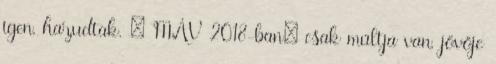
igen, hazudtak. : MÁV 2018-ban: csak múltja van, jövője